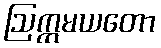
ဩက္ကမယတော